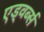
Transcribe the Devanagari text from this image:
एड्वर्ब्स